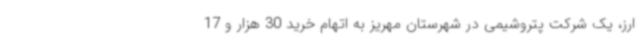
ارز، یک شرکت پتروشیمی در شهرستان مهریز به اتهام خرید 30 هزار و 17